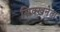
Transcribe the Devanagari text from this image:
सिक्खनेता